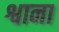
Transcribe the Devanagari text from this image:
श्वाना